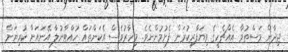
ޖިދާން މަސްތުވާ އެއްޗެހީގެ ވިޔަފާރިކުރަން ފެށުމުންނެވެ. މިހާރުވެސް އެކަންތައް ހުއްޓާނުލާ އޭނައަށް ކުރިޔަށް